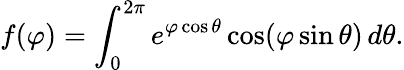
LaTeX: f(\varphi)=\int_{0}^{2\pi}e^{\varphi\cos\theta}\cos(\varphi\sin\theta)\, d\theta.